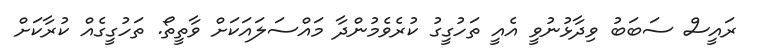
ރައީސް ސަބަބު ވިދާޅުނުވީ އެއީ ތަހުގީގު ކުރެވެމުންދާ މައްސަލައަކަށް ވާތީތޯ. ތަހުގީގެއް ކުރާކަށް